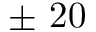
\pm ~ 2 0